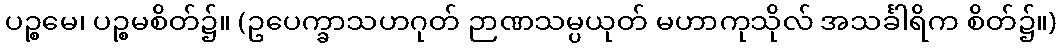
ပဉ္စမေ၊ ပဉ္စမစိတ်၌။ (ဥပေက္ခာသဟဂုတ် ဉာဏသမ္ပယုတ် မဟာကုသိုလ် အသင်္ခါရိက စိတ်၌။)